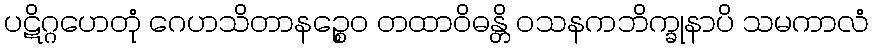
ပဋိဂ္ဂဟေတုံ ဂေဟသိတာနဉ္စေဝ တထာဝိဓန္တိ ဝသနကဘိက္ခုနာပိ သမကာလံ